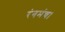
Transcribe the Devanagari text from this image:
रंगमंच।